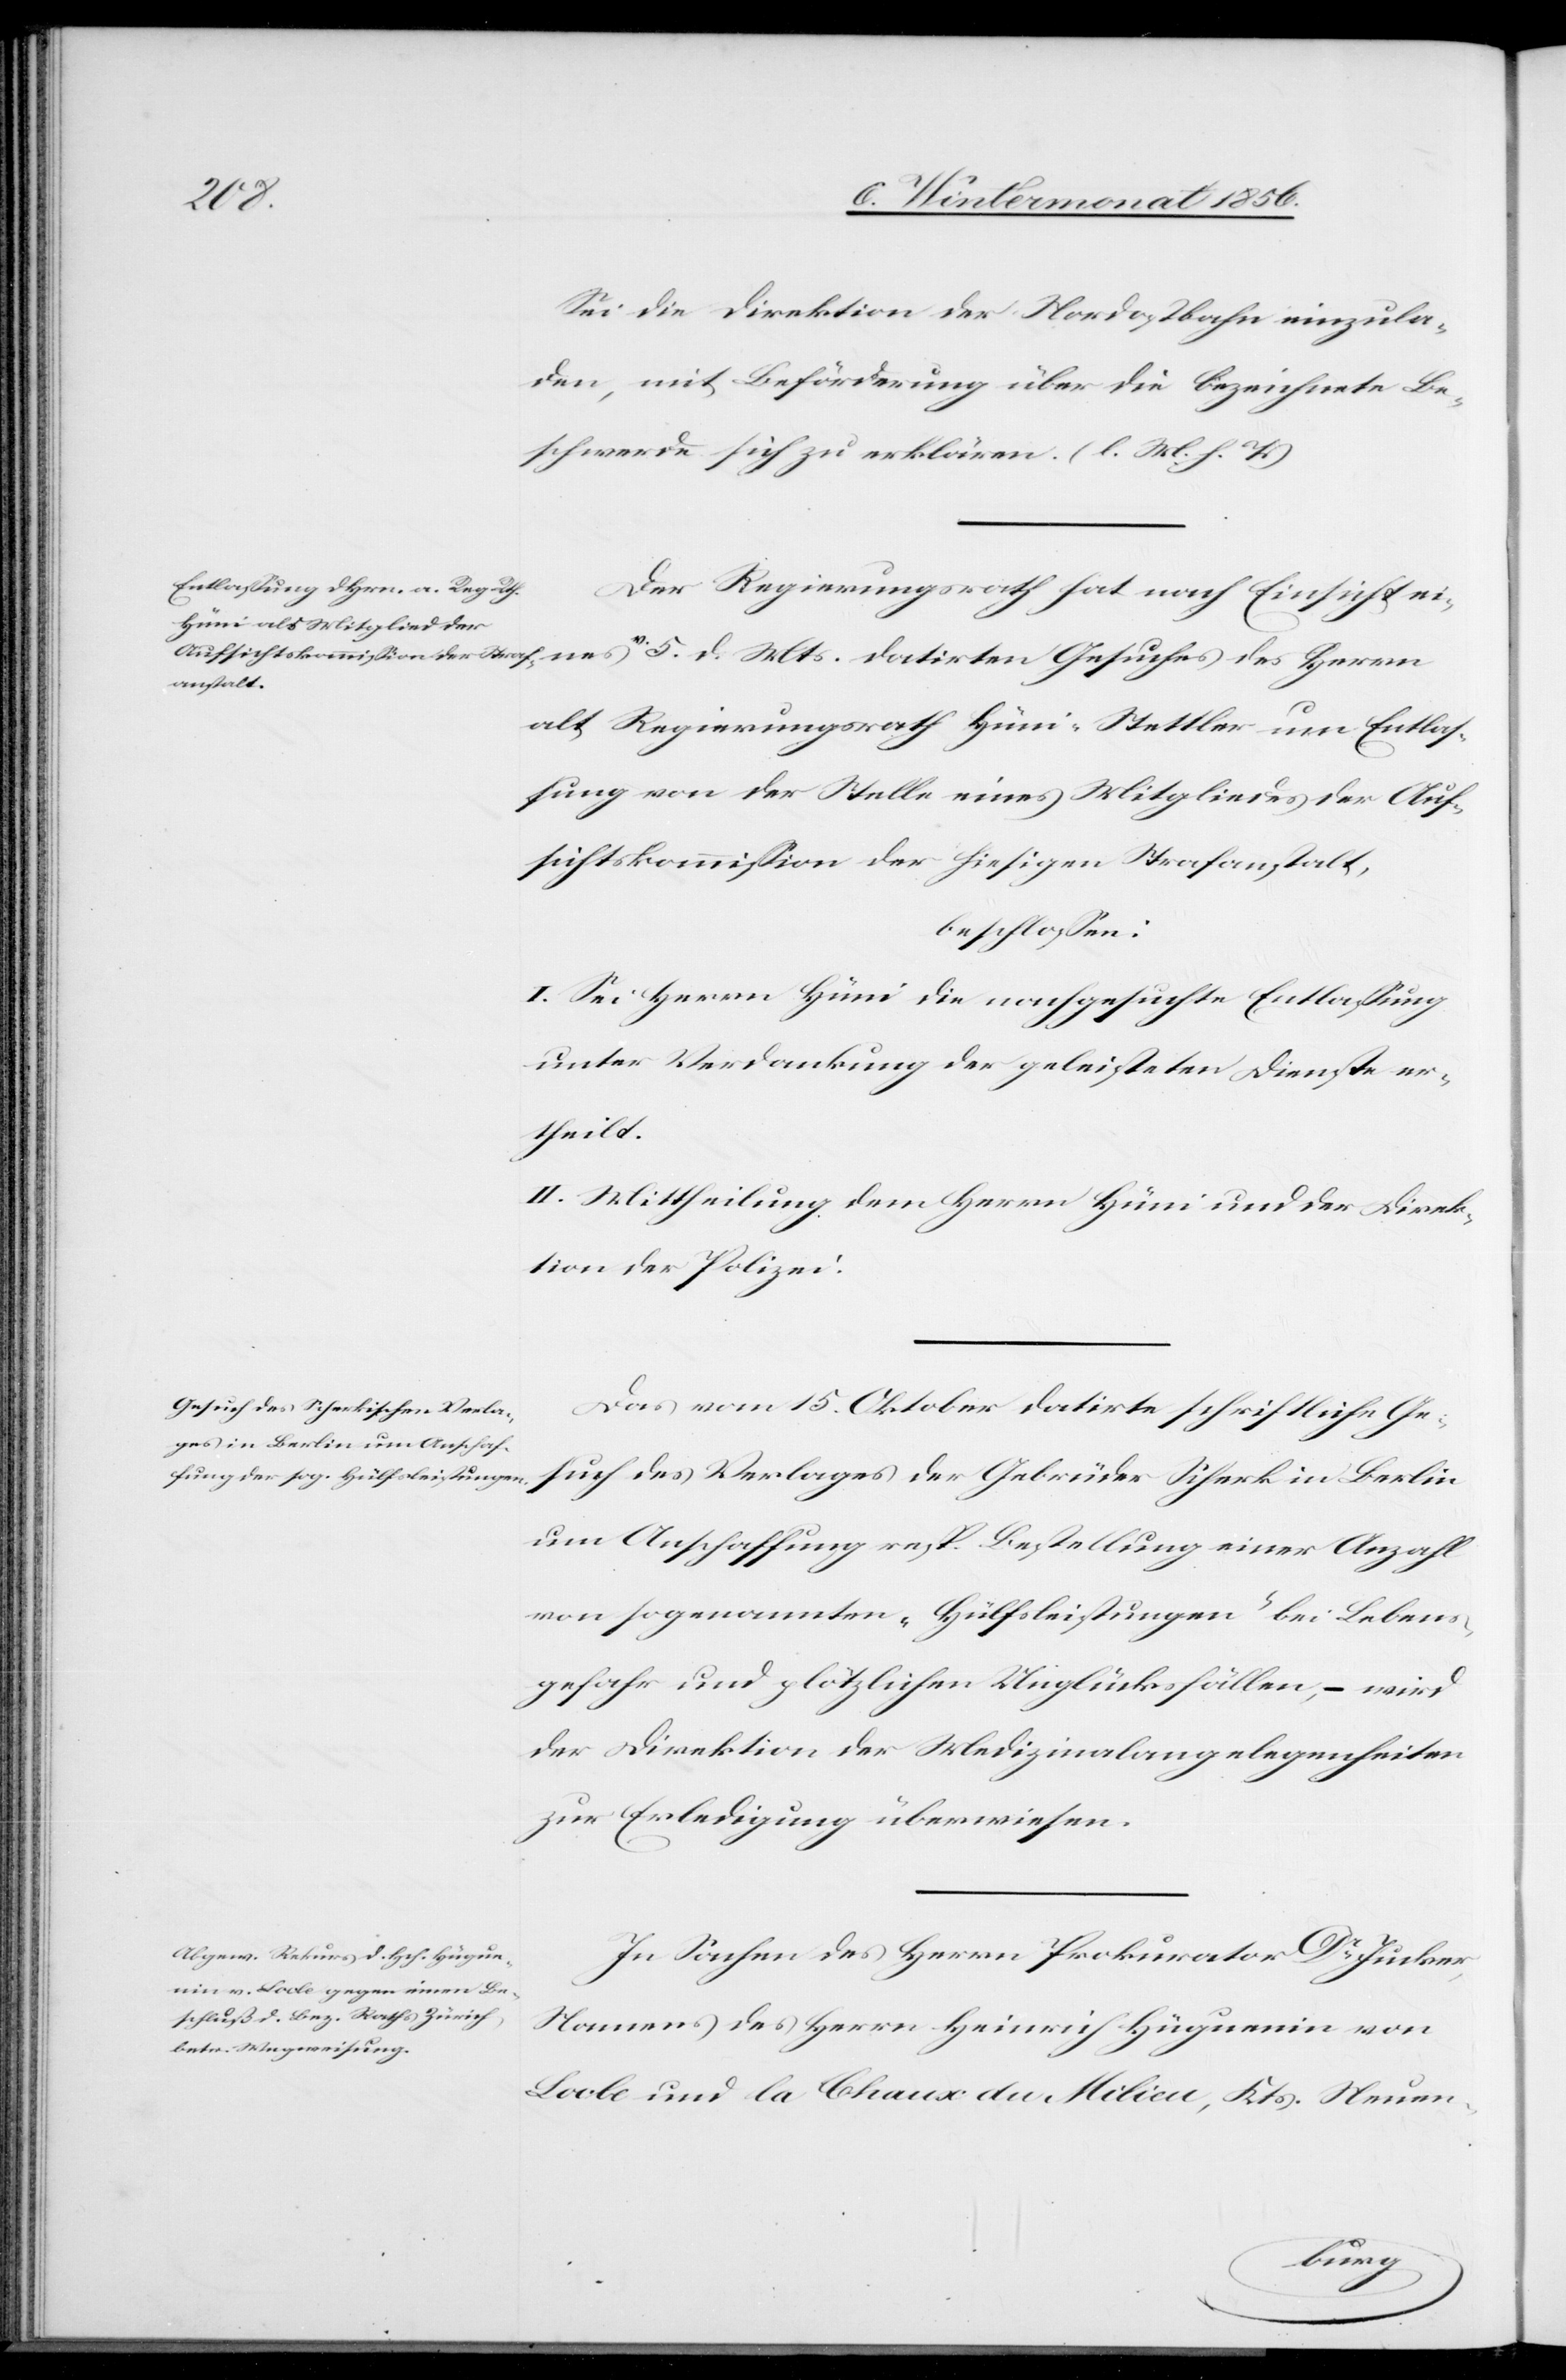
Sei die Direktion der Nordostbahn einzula¬
den, mit Beförderung über die bezeichnete Be¬
schwerde sich zu erklären. (l. M. h. T.)
Der Regierungsrath hat nach Einsicht ei¬
nes a-v.-a 5. d. Mts. datirten Gesuches des Herrn
alt Regierungsrath Hüni-Stettler um Entlas¬
sung von der Stelle eines Mitgliedes der Auf¬
sichtskommission der hiesigen Strafanstalt,
beschlossen
I. Sei Herrn Hüni die nachgesuchte Entlassung
unter Verdankung der geleisteten Dienste er¬
theilt.
II. Mittheilung dem Herrn Hüni und der Direk¬
tion der Polizei.
Das vom 15. Oktober datirte schriftliche Ge¬
such des Verlages der Gebrüder Scherk in Berlin
um Anschaffung resp. Bestellung einer Anzahl
von sogenannten „Hülfsleistungen“ bei Lebens¬
gefahr und plötzlichen Unglücksfällen, – wird
der Direktion der Medizinalangelegenheiten
zur Erledigung überwiesen.
In Sachen des Herrn Prokurator Dr Jucker,
Namens des Herrn Heinrich Hüguenin von
Locle und la Chaux du Milieu, Kts. Neuen-